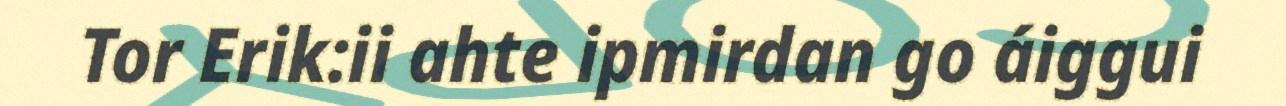
Tor Erik:ii ahte ipmirdan go áiggui